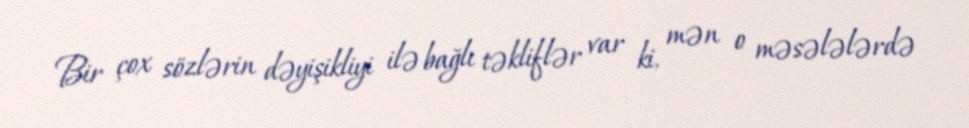
Bir çox sözlərin dəyişikliyi ilə bağlı təkliflər var ki, mən o məsələlərdə